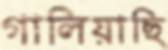
গালিয়াছি